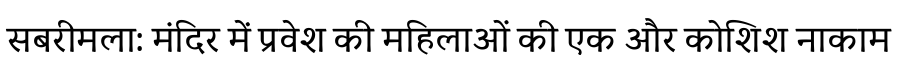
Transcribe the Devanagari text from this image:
सबरीमला: मंदिर में प्रवेश की महिलाओं की एक और कोशिश नाकाम